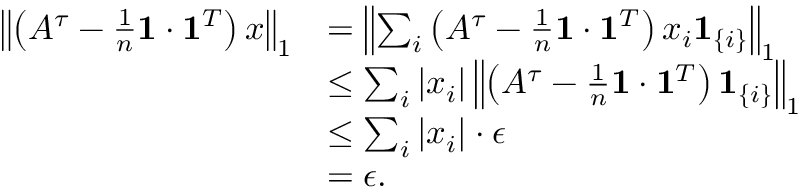
\begin{array} { r l } { \left\Vert \left( A ^ { \tau } - \frac { 1 } { n } \mathbf { 1 } \cdot \mathbf { 1 } ^ { T } \right) x \right\Vert _ { 1 } } & { = \left\Vert \sum _ { i } \left( A ^ { \tau } - \frac { 1 } { n } \mathbf { 1 } \cdot \mathbf { 1 } ^ { T } \right) x _ { i } \mathbf { 1 } _ { \{ i \} } \right\Vert _ { 1 } } \\ & { \leq \sum _ { i } | x _ { i } | \left\Vert \left( A ^ { \tau } - \frac { 1 } { n } \mathbf { 1 } \cdot \mathbf { 1 } ^ { T } \right) \mathbf { 1 } _ { \{ i \} } \right\Vert _ { 1 } } \\ & { \leq \sum _ { i } | x _ { i } | \cdot \epsilon } \\ & { = \epsilon . } \end{array}